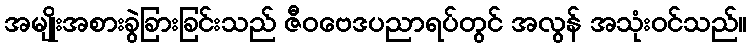
အမျိုးအစားခွဲခြားခြင်းသည် ဇီဝဗေဒပညာရပ်တွင် အလွန် အသုံးဝင်သည်။